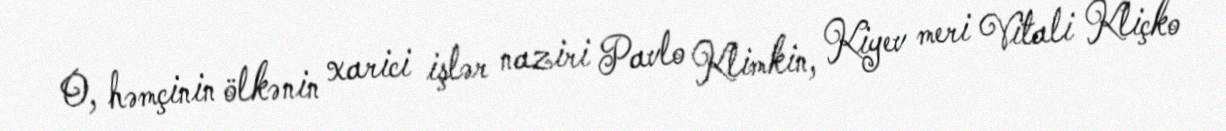
O, həmçinin ölkənin xarici işlər naziri Pavlo Klimkin, Kiyev meri Vitali Kliçko